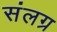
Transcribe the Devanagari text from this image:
संलग्र